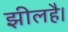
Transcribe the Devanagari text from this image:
झीलहै।